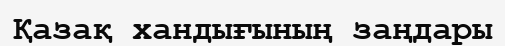
Қазақ хандығының заңдары